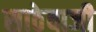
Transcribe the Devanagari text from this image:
साठेबाजी